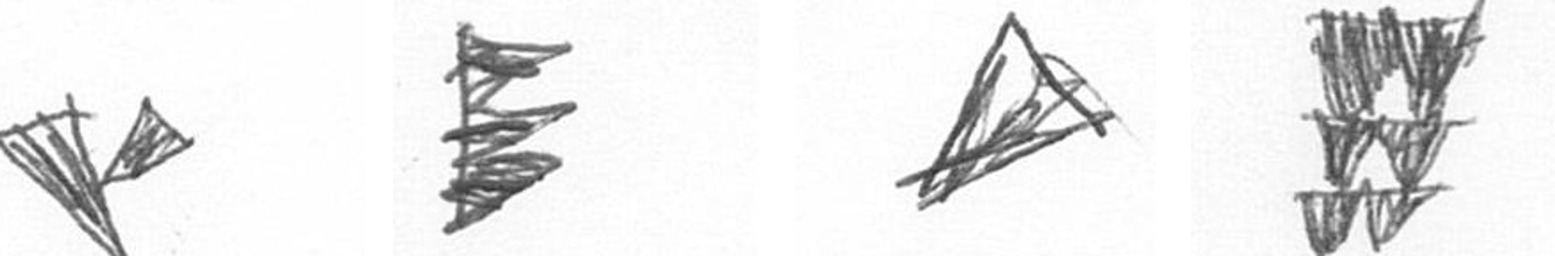
F H O Y